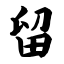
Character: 留